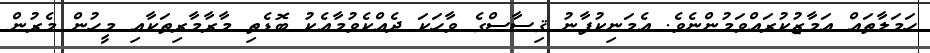
ހަމަލާތައް އަމާޒުކުރައްވަމުންނެވެ. އެމަނިކުފާނު ޤިސާސްގެ ވާހަކަ ދެއްކެވުމާއެކު ބޮޑެތި މާރާމާރިތަކާއި މީހުން މެރުން